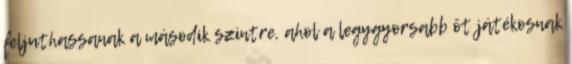
feljuthassanak a második szintre, ahol a legygyorsabb öt játékosnak